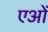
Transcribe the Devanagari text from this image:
एओं